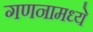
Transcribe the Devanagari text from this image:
गणनामध्ये